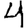
Digit: 4